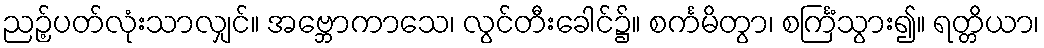
ညဉ့်ပတ်လုံးသာလျှင်။ အဗ္ဘောကာသေ၊ လွင်တီးခေါင်၌။ စင်္ကမိတွာ၊ စင်္ကြံသွား၍။ ရတ္တိယာ၊